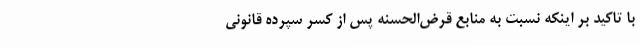
با تاکید بر اینکه نسبت به منابع قرض‌الحسنه پس از کسر سپرده قانونی